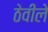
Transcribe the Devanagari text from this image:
ठेवीले